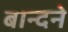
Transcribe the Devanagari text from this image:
बान्दने